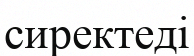
сиректеді